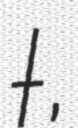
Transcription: まりあ†ほりっく,